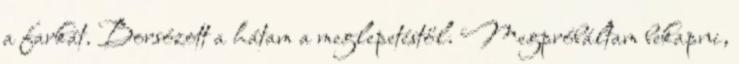
a farkát. Borsózott a hátam a meglepetéstől. Megpróbáltam bekapni,